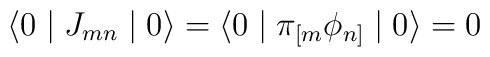
\langle 0 \mid J_{mn} \mid 0 \rangle = \langle 0 \mid \pi_{[m}\phi_{n]} \mid 0 \rangle = 0